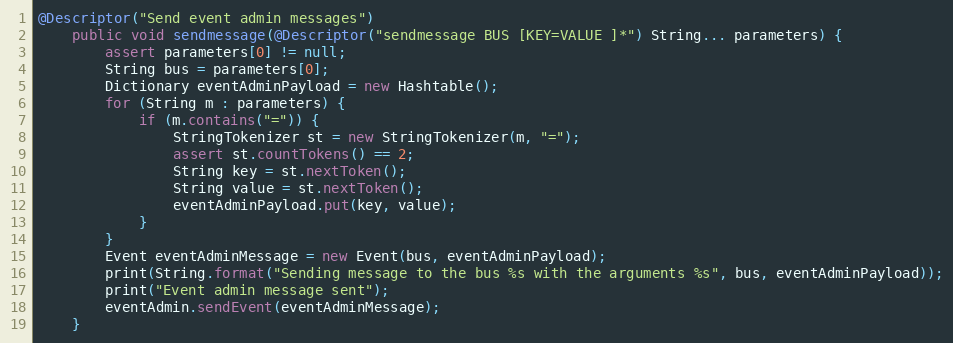
Language: Java
@Descriptor("Send event admin messages")
    public void sendmessage(@Descriptor("sendmessage BUS [KEY=VALUE ]*") String... parameters) {
        assert parameters[0] != null;
        String bus = parameters[0];
        Dictionary eventAdminPayload = new Hashtable();
        for (String m : parameters) {
            if (m.contains("=")) {
                StringTokenizer st = new StringTokenizer(m, "=");
                assert st.countTokens() == 2;
                String key = st.nextToken();
                String value = st.nextToken();
                eventAdminPayload.put(key, value);
            }
        }
        Event eventAdminMessage = new Event(bus, eventAdminPayload);
        print(String.format("Sending message to the bus %s with the arguments %s", bus, eventAdminPayload));
        print("Event admin message sent");
        eventAdmin.sendEvent(eventAdminMessage);
    }